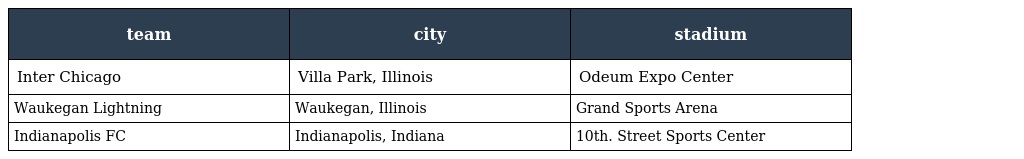
| team | city | stadium |
 | --- | --- | --- |
 | Inter Chicago | Villa Park, Illinois | Odeum Expo Center |
 | Waukegan Lightning | Waukegan, Illinois | Grand Sports Arena |
 | Indianapolis FC | Indianapolis, Indiana | 10th. Street Sports Center |